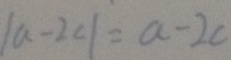
\vert a - 2 c \vert = a - 2 c